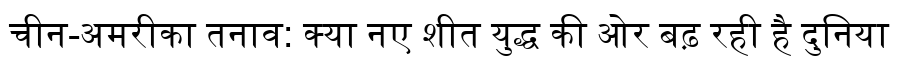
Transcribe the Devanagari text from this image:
चीन-अमरीका तनाव: क्या नए शीत युद्ध की ओर बढ़ रही है दुनिया